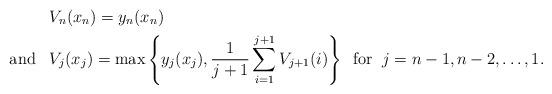
LaTeX: \begin{align*}&V_n(x_n)=y_n(x_n)\\\mbox{and}\;\;\;&V_j(x_j)=\max\left\{y_j(x_j),\frac{1}{j+1}\sum_{i=1}^{j+1}V_{j+1}(i)\right\}\;\;\mbox{for}\;\;j=n-1,n-2,\dots,1.\end{align*}